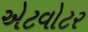
એટવોટર